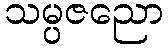
သမ္ပဇညော